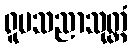
ရူပသညာသုတ္တံ